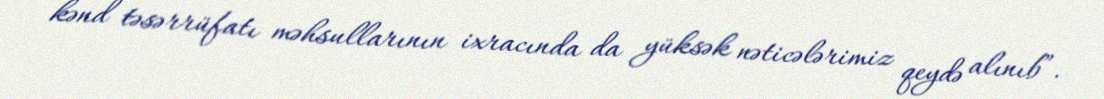
kənd təsərrüfatı məhsullarının ixracında da yüksək nəticələrimiz qeydə alınıb”.